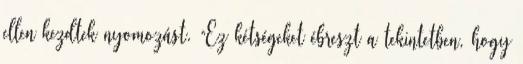
ellen kezdtek nyomozást. “Ez kétségeket ébreszt a tekintetben, hogy